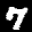
Label: 7